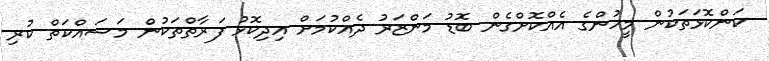
ކަންކޮޅަތަކުން މީހުންގެ އެއްކޮށްގެން ބޮޑު މަންޒަރު ދެއްކުމަށް އިދިކޮޅު ފަރާތްތަކުން މަސައްކަތް ކުރި